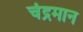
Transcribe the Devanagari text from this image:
चंद्रमान